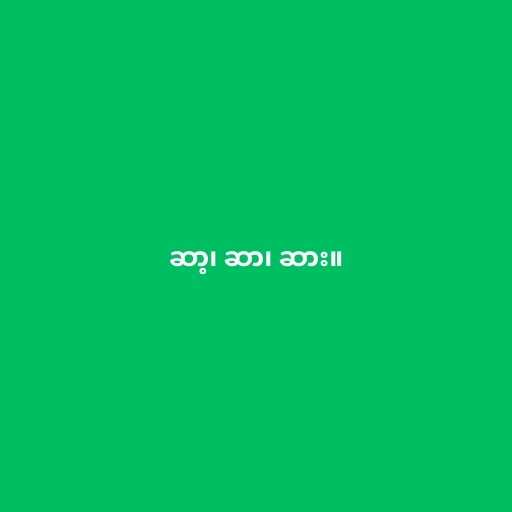
ဆာ့၊ ဆာ၊ ဆား။